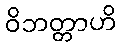
ဝိဘတ္တာဟိ